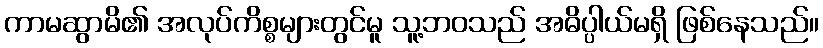
ကာမဆွာမိ၏ အလုပ်ကိစ္စများတွင်မူ သူ့ဘဝသည် အဓိပ္ပါယ်မရှိ ဖြစ်နေသည်။